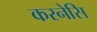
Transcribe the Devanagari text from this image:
करनेसि